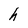
Character: h